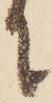
に